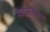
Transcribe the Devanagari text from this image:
स्वतस्संसेचक